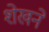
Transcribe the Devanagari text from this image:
शेखने